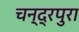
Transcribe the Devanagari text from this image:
चन्द्रपुरा